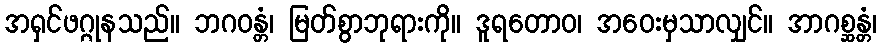
အရှင်ဖဂ္ဂုနသည်။ ဘဂဝန္တံ၊ မြတ်စွာဘုရားကို။ ဒူရတောဝ၊ အဝေးမှသာလျှင်။ အာဂစ္ဆန္တံ၊